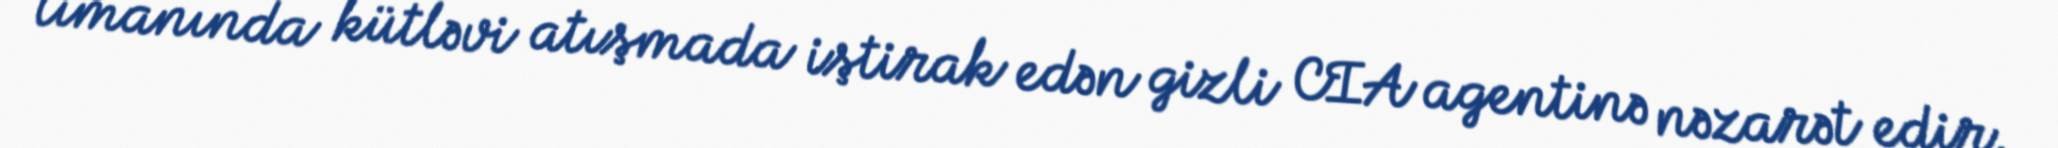
limanında kütləvi atışmada iştirak edən gizli CIA agentinə nəzarət edir.